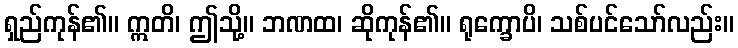
ရှည်ကုန်၏။ ဣတိ၊ ဤသို့။ ဘဏထ၊ ဆိုကုန်၏။ ရုက္ခောပိ၊ သစ်ပင်သော်လည်း။